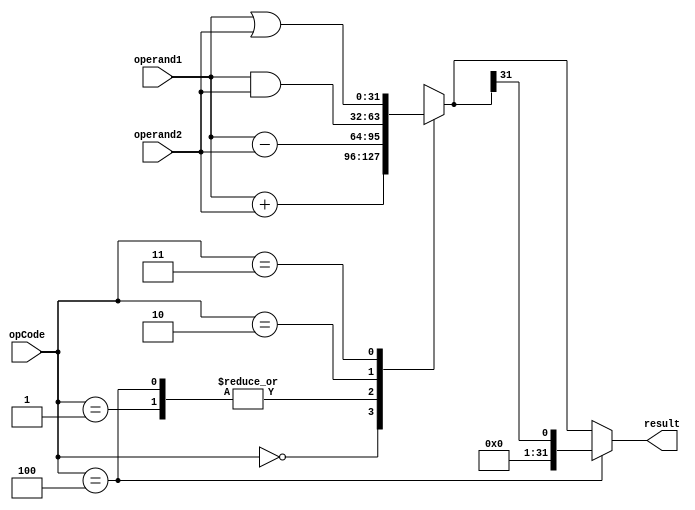
`timescale 1ns / 1ps
//////////////////////////////////////////////////////////////////////////////////
// Company: 
// Engineer: 
// 
// Design Name: 
// Module Name:    	Alu 
// Project Name: 		microprocessor
//
// Dependencies: 		None	
//
//////////////////////////////////////////////////////////////////////////////////
module Alu(
    input signed [31:0] operand1,
    input signed [31:0] operand2,
    input [5:0] opCode,
    output reg [31:0] result
    );

	parameter ADD = 6'b000000, SUB = 6'b000001, AND = 6'b000010, OR = 6'b000011, SLT = 6'b000100;
	 
	always@(operand1, operand2, opCode)
	begin
		case(opCode)
			ADD: result = operand1 + operand2;
			SUB, SLT: result = operand1 - operand2;
			AND: result = operand1 & operand2;
			OR:  result = operand1 | operand2;
			default: result = 32'hxxxxxxxx;
		endcase
		
		//Assign only the sign bit for SLT calculation
		if(opCode == SLT)
			result = {31'h00000000, result[31]};
	end	
	
endmodule